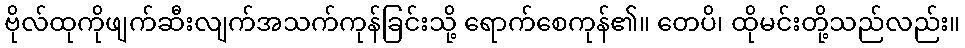
ဗိုလ်ထုကိုဖျက်ဆီးလျက်အသက်ကုန်ခြင်းသို့ ရောက်စေကုန်၏။ တေပိ၊ ထိုမင်းတို့သည်လည်း။